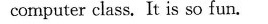
computer class. It is so fun.